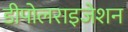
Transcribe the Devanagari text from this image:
डीपोलराइजेशन